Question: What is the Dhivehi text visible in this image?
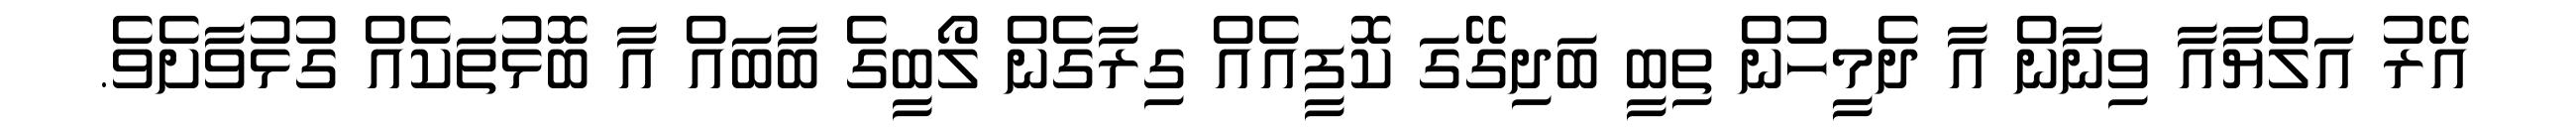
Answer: އޭރު އަލްޔާއާ ވިނާން އާ ދެމީހުން ތިބީ ބަދިގޭގަ ކޮފީއެއް ގިރާގެން ލޯބީގެ ބާބައް އާ ބޮޅުތަކެއް ގުޅުވާށެވެ.